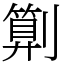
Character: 㔍